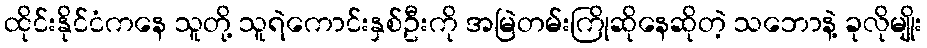
ထိုင်းနိုင်ငံကနေ သူတို့ သူရဲကောင်းနှစ်ဦးကို အမြဲတမ်းကြိုဆိုနေဆိုတဲ့ သဘောနဲ့ ခုလိုမျိုး